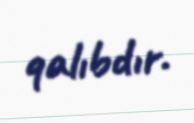
qalıbdır.